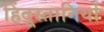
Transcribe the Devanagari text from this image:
हिंदूस्तानियों